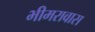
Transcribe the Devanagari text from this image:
भीमरावास